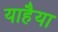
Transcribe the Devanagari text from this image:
याहैया